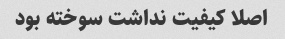
اصلا کیفیت نداشت سوخته بود